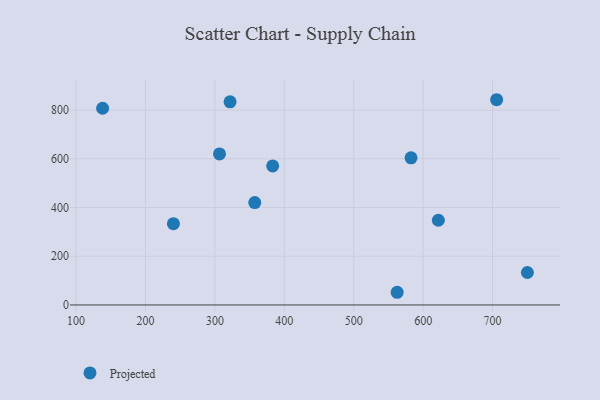
{"axis": {"x": "Ad Spend", "y": "Sales"}, "legend": ["Projected"], "data": [{"x": "306.6", "y": 620.1, "type": "Projected"}, {"x": "383.2", "y": 570.9, "type": "Projected"}, {"x": "750.2", "y": 133.3, "type": "Projected"}, {"x": "562.6", "y": 52.1, "type": "Projected"}, {"x": "582.6", "y": 604.3, "type": "Projected"}, {"x": "138.2", "y": 807.6, "type": "Projected"}, {"x": "240.2", "y": 333.8, "type": "Projected"}, {"x": "621.9", "y": 347.8, "type": "Projected"}, {"x": "357.4", "y": 420.5, "type": "Projected"}, {"x": "321.8", "y": 834.1, "type": "Projected"}, {"x": "705.9", "y": 842.7, "type": "Projected"}]}